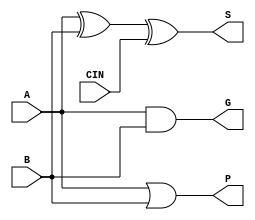
module PartialFullAdder1b (
    input A, B, CIN,
    output S, P, G
);
wire W1;

    xor U1 (W1, A, B);
    xor U2 (S, W1, CIN);
    or U3 (P, A, B);
    and U4 (G, A, B);

endmodule